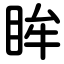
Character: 眸